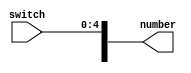
module get_switch(number,switch);
	input	[4:0]	switch;
	output	[7:0]	number;
	
	//assign lcd[0]=switch[0];
	//assign lcd[1]=switch[1];
	//assign lcd[2]=switch[2];
	//assign lcd[3]=switch[3];
	//assign lcd[4]=switch[4];
	assign	number[4]=switch[4];
	assign	number[3]=switch[3];
	assign	number[2]=switch[2];
	assign 	number[1]=switch[1];
	assign	number[0]=switch[0];
	
endmodule